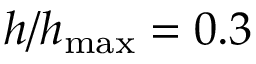
h / h _ { \mathrm { m a x } } = 0 . 3